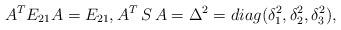
LaTeX: \begin{align*}A^T E_{21} A = E_{21}, A^T\,S\,A = \Delta ^2 = diag (\delta _1^2 , \delta _2^2, \delta _3^2 ),\end{align*}